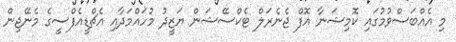
މި އެއްބަސްވުމުގައި ކޮމިޝަނާ އޮފް ޖެނެރަލް ޓެކްސޭޝަން ޔަޒީދު މުހައްމަދާއި އެޗްޑީއެފްސީގެ މެނޭޖިން